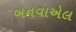
બનવાએલ